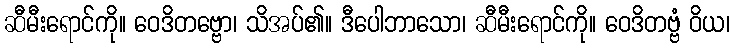
ဆီမီးရောင်ကို။ ဝေဒိတဗ္ဗော၊ သိအပ်၏။ ဒီပေါဘာသော၊ ဆီမီးရောင်ကို။ ဝေဒိတဗ္ဗံ ဝိယ၊